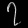
Digit: ၇